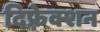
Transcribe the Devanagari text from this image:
दिफ़्रेक्शन